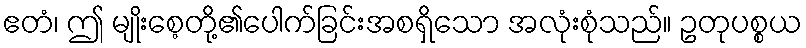
ဧတံ၊ ဤ မျိုးစေ့တို့၏ပေါက်ခြင်းအစရှိသော အလုံးစုံသည်။ ဥတုပစ္စယ